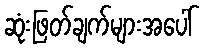
ဆုံးဖြတ်ချက်များအပေါ်